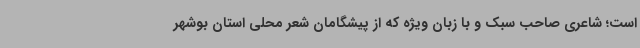
است؛ شاعری صاحب سبک و با زبان ویژه که از پیشگامان شعر محلی استان بوشهر